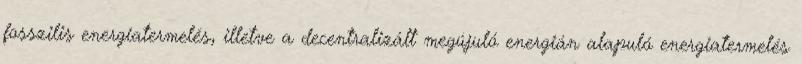
fosszilis energiatermelés, illetve a decentralizált megújuló energián alapuló energiatermelés